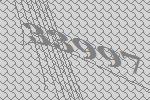
33997